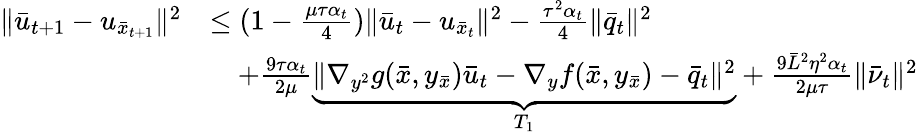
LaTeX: \begin{array}{rl}{\| \bar{u}_{t+1}-u_{\bar{x}_{t+1}}\| ^{2}}&{\leq(1-\frac{\mu\tau\alpha_{t}}{4})\| \bar{u}_{t}-u_{\bar{x}_{t}}\| ^{2}-\frac{\tau^{2}\alpha_{t}}{4}\| \bar{q}_{t}\| ^{2}}\\ &{\quad+\frac{9\tau\alpha_{t}}{2\mu}\underbrace{\| \nabla_{y^{2}}g(\bar{x},y_{\bar{x}})\bar{u}_{t}-\nabla_{y}f(\bar{x},y_{\bar{x}})-\bar{q}_{t}\| ^{2}}_{T_{1}}+\frac{9\bar{L}^{2}\eta^{2}\alpha_{t}}{2\mu\tau}\| \bar{\nu}_{t}\| ^{2}}\end{array}